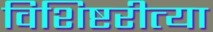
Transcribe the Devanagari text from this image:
विशिष्टरीत्या